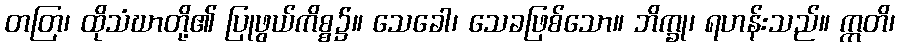
တတြ၊ ထိုသံဃာတို့၏ ပြုဖွယ်ကိစ္စ၌။ သေခေါ၊ သေခဖြစ်သော။ ဘိက္ခု၊ ရဟန်းသည်။ ဣတိ၊